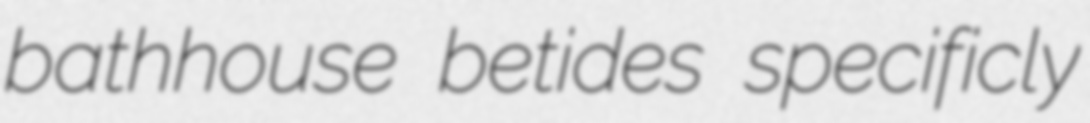
bathhouse betides specificly